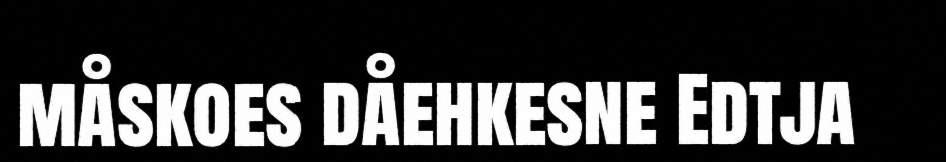
måskoes dåehkesne Edtja